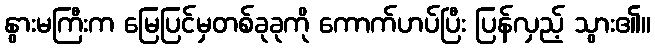
နွားမကြီးက မြေပြင်မှတစ်ခုခုကို ကောက်ဟပ်ပြီး ပြန်လှည့် သွား၏။